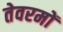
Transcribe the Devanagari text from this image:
तेवरमों